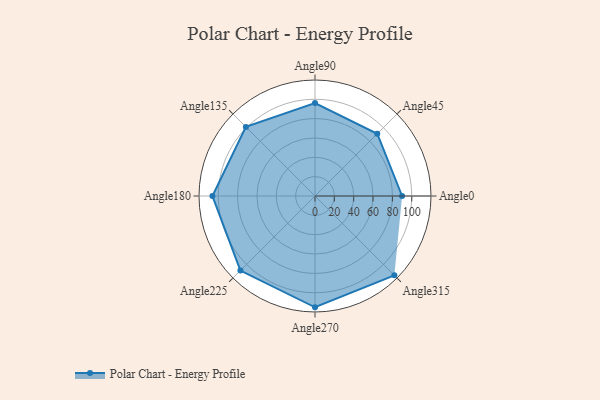
{"axis": {"x": "Angle", "y": "Radius"}, "legend": [""], "data": [{"x": "Angle0", "y": 90.0, "type": ""}, {"x": "Angle45", "y": 91.0, "type": ""}, {"x": "Angle90", "y": 96.0, "type": ""}, {"x": "Angle135", "y": 101.0, "type": ""}, {"x": "Angle180", "y": 106.0, "type": ""}, {"x": "Angle225", "y": 109.0, "type": ""}, {"x": "Angle270", "y": 115.0, "type": ""}, {"x": "Angle315", "y": 116.0, "type": ""}]}